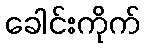
ခေါင်းကိုက်